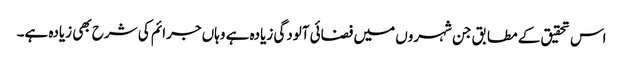
اس تحقیق کے مطابق جن شہروں میں فضائی آلودگی زیادہ ہے وہاں جرائم کی شرح بھی زیادہ ہے۔